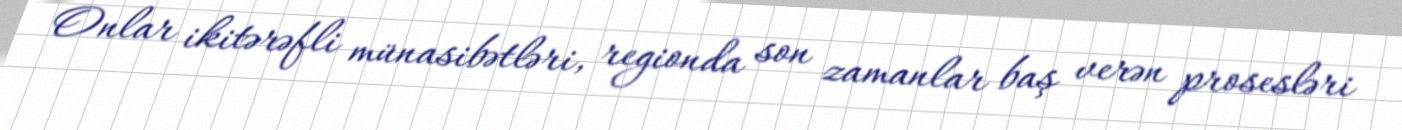
Onlar ikitərəfli münasibətləri, regionda son zamanlar baş verən prosesləri